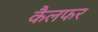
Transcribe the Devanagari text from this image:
कैलफर